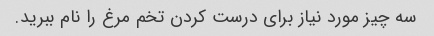
سه چیز مورد نیاز برای درست کردن تخم مرغ را نام ببرید.